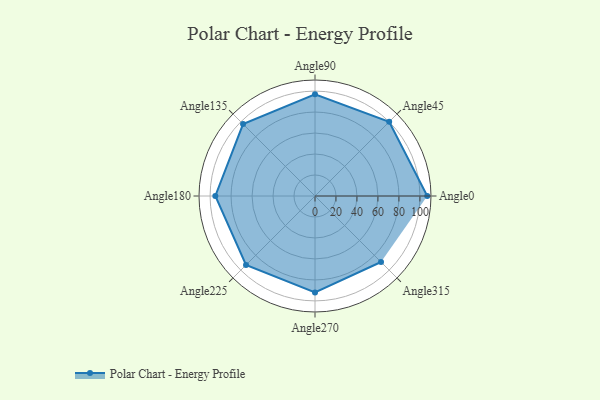
{"axis": {"x": "Angle", "y": "Radius"}, "legend": [""], "data": [{"x": "Angle0", "y": 107.0, "type": ""}, {"x": "Angle45", "y": 100.0, "type": ""}, {"x": "Angle90", "y": 97.0, "type": ""}, {"x": "Angle135", "y": 97.0, "type": ""}, {"x": "Angle180", "y": 95.0, "type": ""}, {"x": "Angle225", "y": 93.0, "type": ""}, {"x": "Angle270", "y": 92.0, "type": ""}, {"x": "Angle315", "y": 89.0, "type": ""}]}